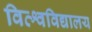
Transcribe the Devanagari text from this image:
विव्श्वविद्यालय